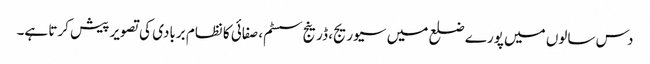
دس سالوں میں پورے ضلع میں سیوریج، ڈرینج سسٹم، صفائی کا نظام بربادی کی تصویر پیش کرتا ہے۔